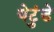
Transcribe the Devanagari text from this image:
येटुंडे